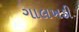
ગાલખડી